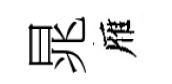
晁雁